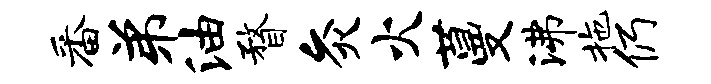
番弟油瞀灸火蔓沸拖仍